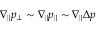
\nabla _ { \| } p _ { \perp } \sim \nabla _ { \| } p _ { \| } \sim \nabla _ { \| } \Delta p